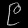
Digit: ၉